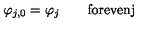
\varphi _ { j , 0 } = \varphi _ { j } \qquad \mathrm { f o r e v e n j }